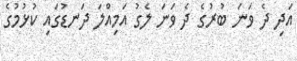
އަދި ދެ ވަނަ ބުރުގެ ދެ ވަނަ ލެގު އަމިއްލަ ދަނޑުގައި ކުޅުމުގެ